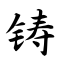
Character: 铸